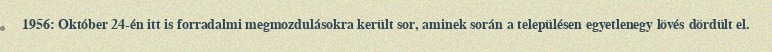
1956: Október 24-én itt is forradalmi megmozdulásokra került sor, aminek során a településen egyetlenegy lövés dördült el.